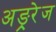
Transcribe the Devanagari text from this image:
अङ्ररेज